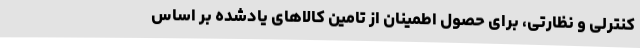
کنترلی و نظارتی، برای حصول اطمینان از تامین کالاهای یادشده بر اساس